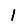
Digit: 1